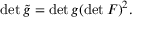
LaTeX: \operatorname* { d e t } { \tilde { g } } = \operatorname* { d e t } g ( \operatorname* { d e t } F ) ^ { 2 } .